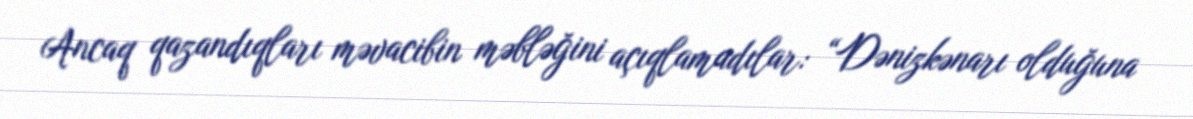
Ancaq qazandıqları məvacibin məbləğini açıqlamadılar: “Dənizkənarı olduğuna